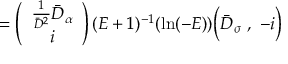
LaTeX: = \left( \begin{array} { c } { { \frac { 1 } { \bar { D } ^ { 2 } } \bar { D } _ { \alpha } } } \\ { { i } } \end{array} \right) ( E + 1 ) ^ { - 1 } ( \mathrm { l n } ( - E ) ) \biggl ( \bar { D } _ { \sigma } \ , \ - i \biggr )